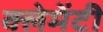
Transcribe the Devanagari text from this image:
क्लेमेंटी